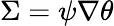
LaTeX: \Sigma=\psi\nabla\theta